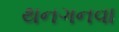
થનગનવા